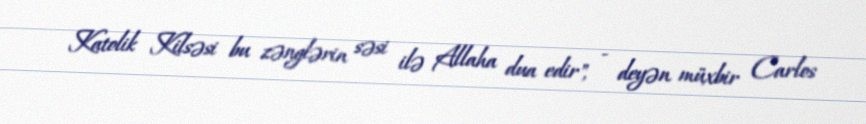
Katolik Kilsəsi bu zənglərin səsi ilə Allaha dua edir", - deyən müxbir Carlos